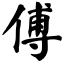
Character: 傅